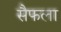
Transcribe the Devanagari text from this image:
सैफला